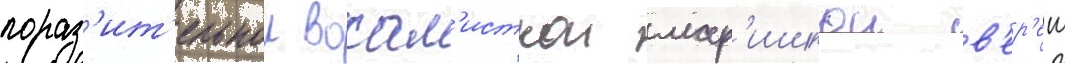
пораз'ит'ельнои вокал'исткои мар'ишкои в'ер'еш